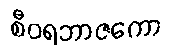
စီဝရဘာဇကော